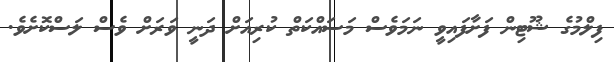
ފިލްމުގެ ޝޫޓިން ފަށާފައިވީ ނަމަވެސް މަސައްކަތް ކުރިއަށް ދަނީ ވަރަށް ވެސް ލަސްކޮށެވެ.